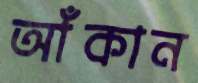
আঁকান